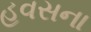
હવસના